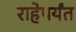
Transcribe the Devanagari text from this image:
राहेपर्यंत